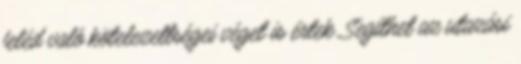
feléd való kötelezettségei véget is értek. Segíthet az utazási